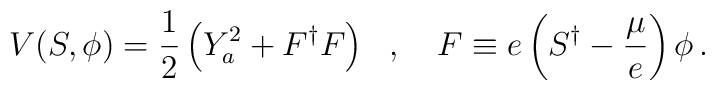
V(S,\phi )=\frac{1}{2}\left( Y_{a}^{2}+F^{\dagger }F\right) \, \, \, \, ,\, \, \, \, \, \, F\equiv e\left( S^{\dagger }-\frac{\mu }{e}\right) \phi \, .